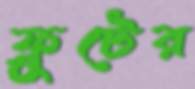
ফ্রুটের